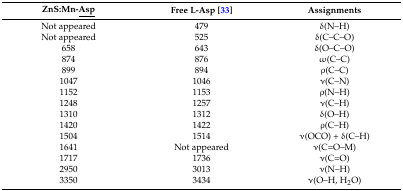
<table><thead><tr><td><b>ZnS:Mn-<underline>Asp</underline></b></td><td><b>Free L-Asp [33]</b></td><td><b>Assignments</b></td></tr></thead><tbody><tr><td>Not appeared</td><td>479</td><td>δ(N–H)</td></tr><tr><td>Not appeared</td><td>525</td><td>δ(C–C–O)</td></tr><tr><td>658</td><td>643</td><td>δ(O–C–O)</td></tr><tr><td>874</td><td>876</td><td>ω(C–C)</td></tr><tr><td>899</td><td>894</td><td>ρ(C–C)</td></tr><tr><td>1047</td><td>1046</td><td>ν(C–N)</td></tr><tr><td>1152</td><td>1153</td><td>ρ(N–H)</td></tr><tr><td>1248</td><td>1257</td><td>ν(C–H)</td></tr><tr><td>1310</td><td>1312</td><td>δ(O–H)</td></tr><tr><td>1420</td><td>1422</td><td>ρ(C–H)</td></tr><tr><td>1504</td><td>1514</td><td>ν(OCO) + δ(C–H)</td></tr><tr><td>1641</td><td>Not appeared</td><td>ν(C=O–M)</td></tr><tr><td>1717</td><td>1736</td><td>ν(C=O)</td></tr><tr><td>2950</td><td>3013</td><td>ν(N–H)</td></tr><tr><td>3350</td><td>3434</td><td>ν(O–H, H<sub>2</sub>O)</td></tr></tbody></table>